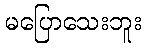
မပြောသေးဘူး